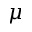
\mu